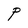
Character: P